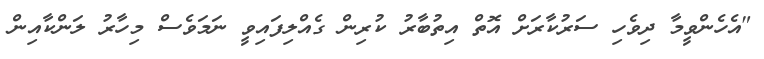
"އެހެންވީމާ ދިވެހި ސަރުކާރަށް އޮތް އިތުބާރު ކުރިން ގެއްލިފައިވީ ނަމަވެސް މިހާރު ލަންކާއިން